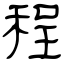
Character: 程